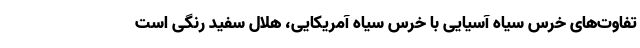
تفاوت‌های خرس سیاه آسیایی با خرس سیاه آمریکایی، هلال سفید رنگی است